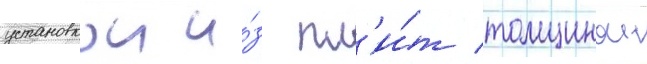
установкои и́з пл'и́т толщинои